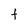
Character: t